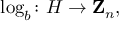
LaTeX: \log _ { b } \colon H \rightarrow \mathbf { Z } _ { n } ,